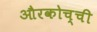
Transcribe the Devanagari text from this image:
औरकोच्ची